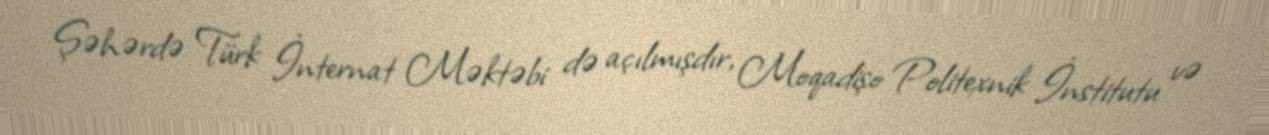
Şəhərdə Türk İnternat Məktəbi də açılmışdır, Moqadişo Politexnik İnstitutu və